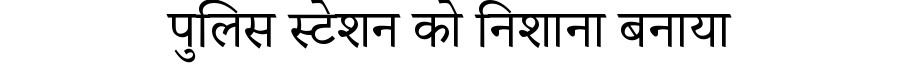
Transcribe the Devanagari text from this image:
पुलिस स्टेशन को निशाना बनाया